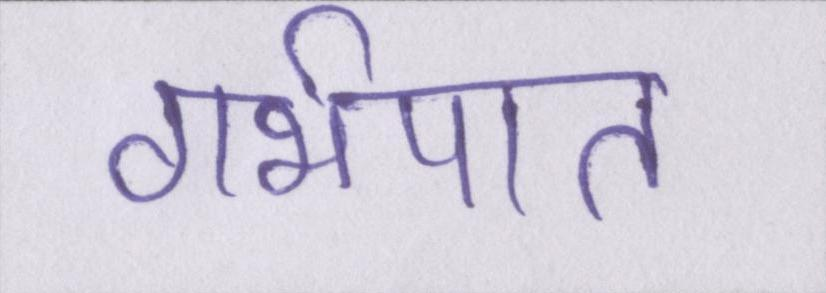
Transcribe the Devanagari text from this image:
गर्भपात